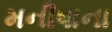
મનીષાના